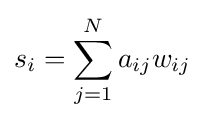
s_{i}=\sum _{j=1}^{N}a_{ij}w_{ij}